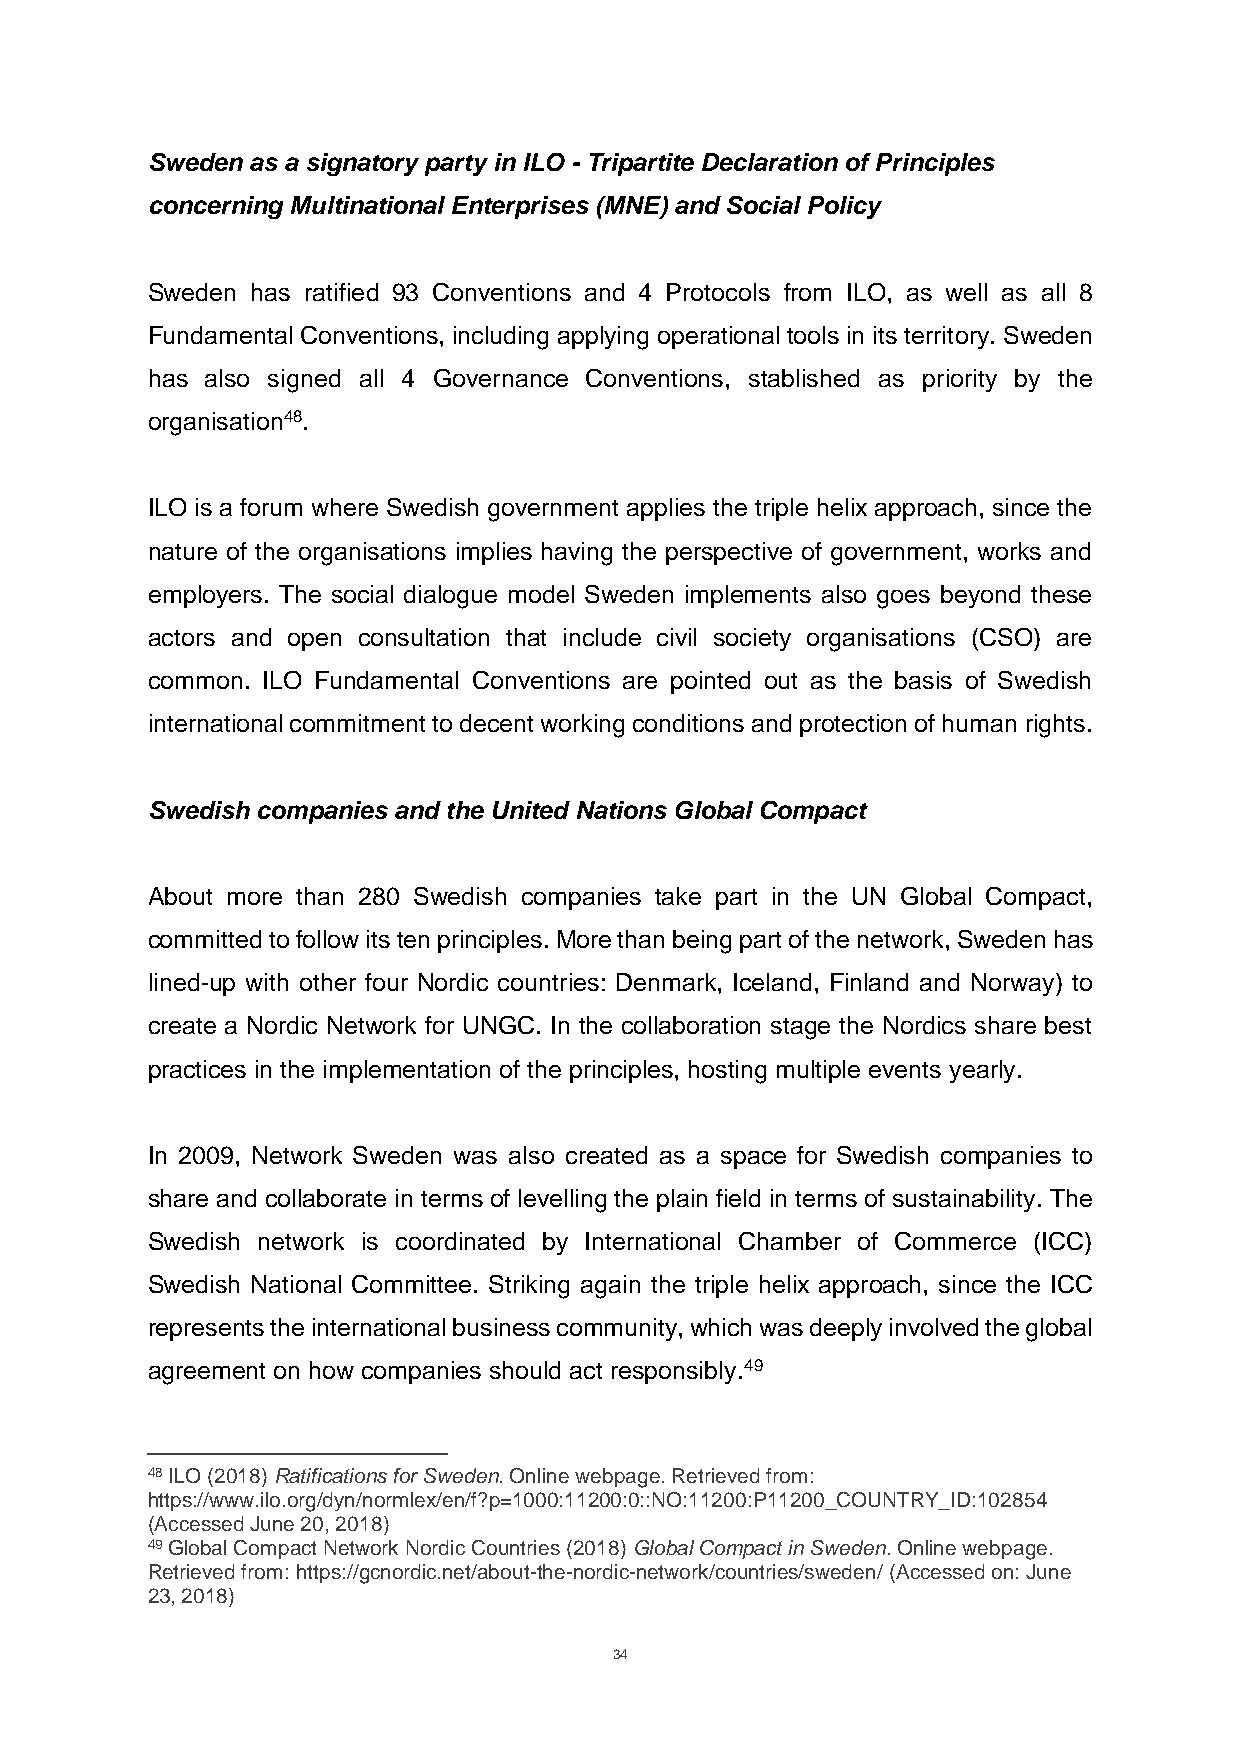
Sweden as a signatory party in ILO - Tripartite Declaration of Principles
 concerning Multinational Enterprises (MNE) and Social Policy
 Sweden has ratified 93 Conventions and 4 Protocols from ILO, as well as all 8
 Fundamental Conventions, including applying operational tools in its territory. Sweden
 has also signed all 4 Governance Conventions, stablished as priority by the
 organisation48.
 ILO is a forum where Swedish government applies the triple helix approach, since the
 nature of the organisations implies having the perspective of government, works and
 employers. The social dialogue model Sweden implements also goes beyond these
 actors and open consultation that include civil society organisations (CSO) are
 common. ILO Fundamental Conventions are pointed out as the basis of Swedish
 international commitment to decent working conditions and protection of human rights.
 Swedish companies and the United Nations Global Compact
 About more than 280 Swedish companies take part in the UN Global Compact,
 committed to follow its ten principles. More than being part of the network, Sweden has
 lined-up with other four Nordic countries: Denmark, Iceland, Finland and Norway) to
 create a Nordic Network for UNGC. In the collaboration stage the Nordics share best
 practices in the implementation of the principles, hosting multiple events yearly.
 In 2009, Network Sweden was also created as a space for Swedish companies to
 share and collaborate in terms of levelling the plain field in terms of sustainability. The
 Swedish network is coordinated by International Chamber of Commerce (ICC)
 Swedish National Committee. Striking again the triple helix approach, since the ICC
 represents the international business community, which was deeply involved the global
 agreement on how companies should act responsibly.49
 48 ILO (2018) Ratifications for Sweden. Online webpage. Retrieved from:
 https://www.ilo.org/dyn/normlex/en/f?p=1000:11200:0::NO:11200:P11200_COUNTRY_ID:102854
 (Accessed June 20, 2018)
 49 Global Compact Network Nordic Countries (2018) Global Compact in Sweden. Online webpage.
 Retrieved from: https://gcnordic.net/about-the-nordic-network/countries/sweden/ (Accessed on: June
 23, 2018)
 34